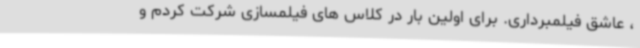
، عاشق فیلمبرداری. برای اولین بار در کلاس های فیلمسازی شرکت کردم و